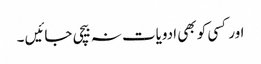
اور کسی کو بھی ادویات نہ بیچی جائیں ۔